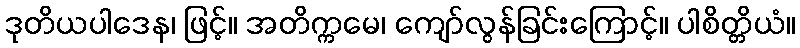
ဒုတိယပါဒေန၊ ဖြင့်။ အတိက္ကမေ၊ ကျော်လွန်ခြင်းကြောင့်။ ပါစိတ္တိယံ။